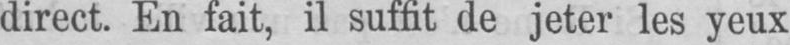
direct. En fait, il suffit de jeter les yeux